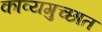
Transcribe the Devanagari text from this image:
काव्यगुच्छात